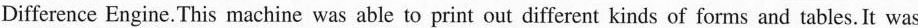
Difference Engine. This machine was able to print out different kinds of forms and tables.It was